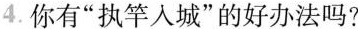
4.你有”执竿入城”的好办法吗?